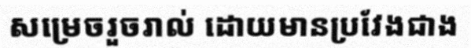
សម្រេចរួចរាល់ ដោយមានប្រវែងជាង